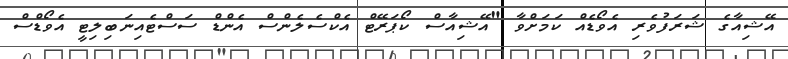
އޭޝިއާގެ ޝަރަފުވެރި އެވޯޑެއް ކަމަށްވާ "އޭޝިއާސް ކޯޕަރޭޓް އެކްސެލެންސް އެންޑް ސަސްޓެއިނަބިލިޓީ އެވޯޑްސް